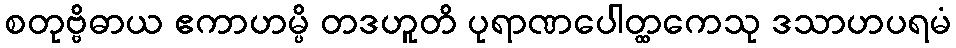
စတုဗ္ဗိဓာယ ဧကာဟမ္ပိ တဒဟူတိ ပုရာဏပေါတ္ထကေသု ဒသာဟပရမံ